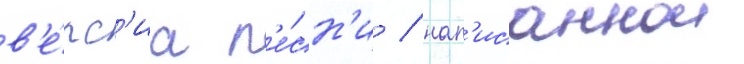
в'е́рс'иа п'е́сн'и / нап'исаннои